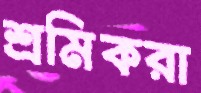
শ্রমিকরা